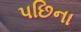
પછિના